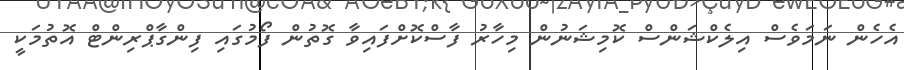
އެހެން ނަމަވެސް އިލެކްޝަންސް ކޮމިޝަނުން މިހާރު ފާސްކޮށްފައިވާ ގޮތުން ފޯމުގައި ފިންގާޕްރިންޓް އޮތުމަކީ